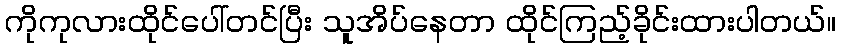
ကိုကုလားထိုင်ပေါ်တင်ပြီး သူအိပ်နေတာ ထိုင်ကြည့်ခိုင်းထားပါတယ်။